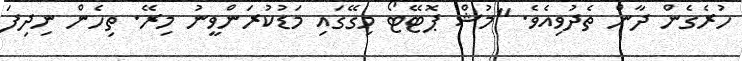
ހުރެގެން ދާން ތެދުވިއެވެ. "މުޝް ޕޮޓޭޓޯ މިގޭގައި މަޑުކުރަންވީނު މިރޭ. ތިހެން ނިދިފަ